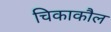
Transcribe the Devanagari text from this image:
चिकाकौल